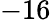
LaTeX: -16